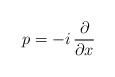
LaTeX: \begin{align*}p = -i\,\frac{\partial}{\partial x}\hspace{3cm}\mbox{}\end{align*}